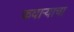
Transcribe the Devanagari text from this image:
फवाऱ्याचा